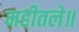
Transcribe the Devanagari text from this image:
महीतले॥